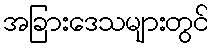
အခြားဒေသများတွင်